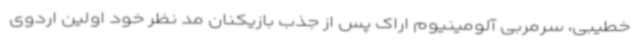
خطیبی، سرمربی آلومینیوم اراک پس از جذب بازیکنان مد نظر خود اولین اردوی